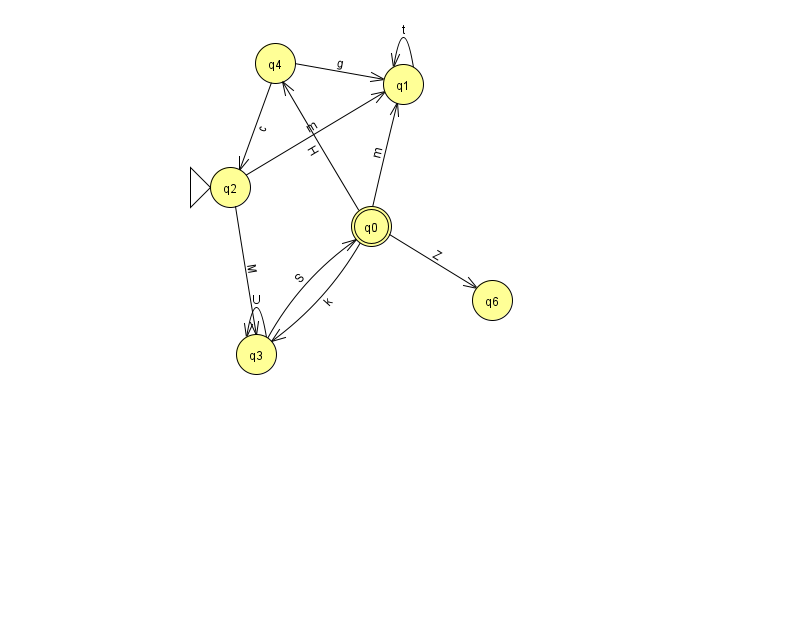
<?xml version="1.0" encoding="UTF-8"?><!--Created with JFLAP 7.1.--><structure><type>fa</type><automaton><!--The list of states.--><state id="0" name="q0"><x>371.0</x><y>213.0</y><final/></state><state id="1" name="q1"><x>403.0</x><y>71.0</y></state><state id="2" name="q2"><x>230.0</x><y>174.0</y><initial/></state><state id="3" name="q3"><x>256.0</x><y>341.0</y></state><state id="4" name="q4"><x>275.0</x><y>50.0</y></state><state id="6" name="q6"><x>492.0</x><y>287.0</y></state><!--The list of transitions.--><transition><from>4</from><to>1</to><read>g</read></transition><transition><from>0</from><to>6</to><read>Z</read></transition><transition><from>2</from><to>1</to><read>m</read></transition><transition><from>1</from><to>1</to><read>t</read></transition><transition><from>0</from><to>3</to><read>k</read></transition><transition><from>3</from><to>3</to><read>U</read></transition><transition><from>4</from><to>2</to><read>c</read></transition><transition><from>0</from><to>4</to><read>H</read></transition><transition><from>3</from><to>0</to><read>S</read></transition><transition><from>2</from><to>3</to><read>M</read></transition><transition><from>0</from><to>1</to><read>m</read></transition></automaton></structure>